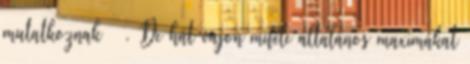
mutatkoznak . De hát vajon miféle általános maximákat